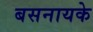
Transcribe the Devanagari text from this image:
बसनायके